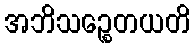
အဘိသဉ္စေတယတိ